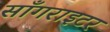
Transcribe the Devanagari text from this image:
साँगराइटर